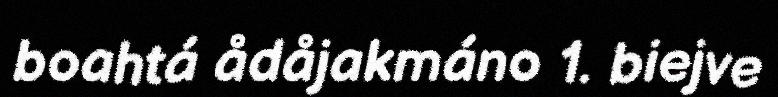
boahtá ådåjakmáno 1. biejve